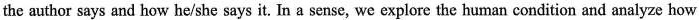
the author says and how he/she says it. In a sense, we explore the human condition and analyze how